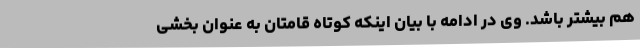
هم بیشتر باشد. وی در ادامه با بیان اینکه کوتاه قامتان به عنوان بخشی